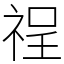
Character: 䄇